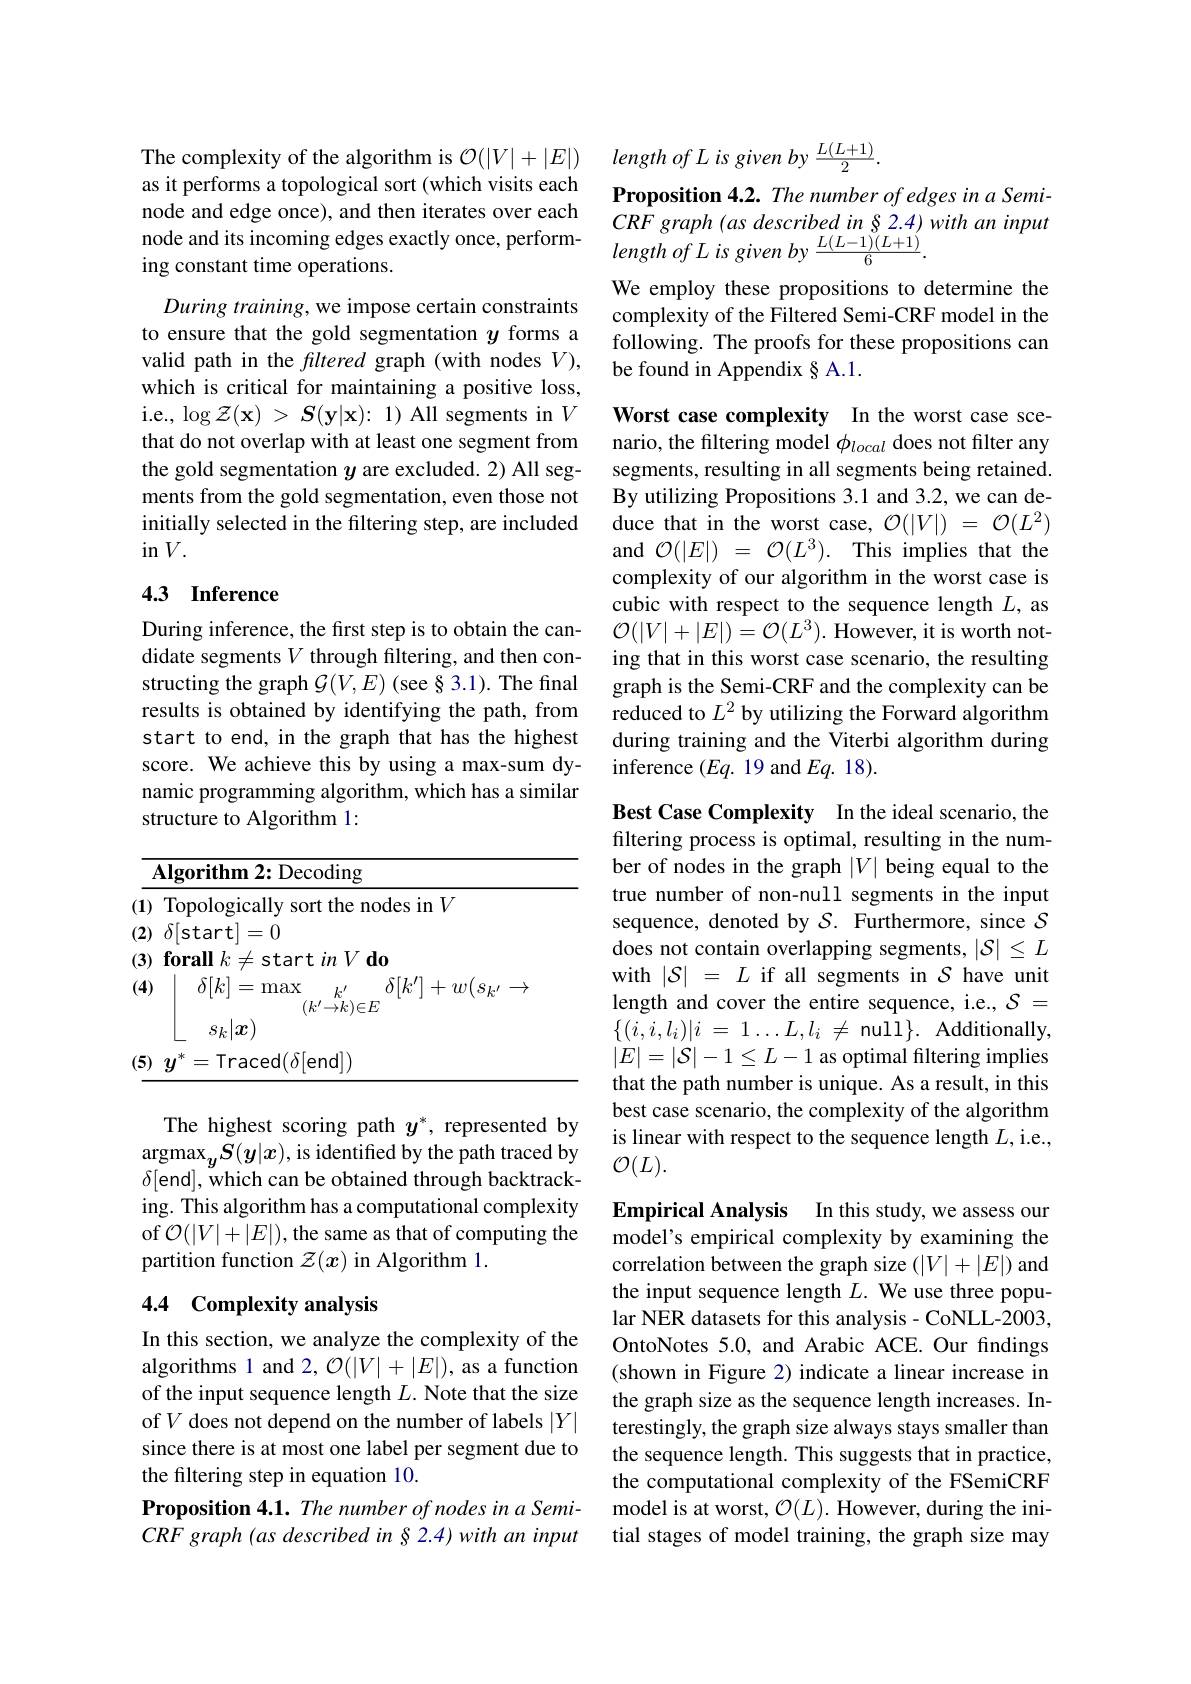
The complexity of the algorithm is $\mathcal{O} ( | V| + | E| )$ $lengthofLisgivenby\frac {L( L+ 1) }2.$
as it performs a topological sort (which visits each node and edge once), and then iterates over each ing constant time operations.
During training, we impose certain constraints to ensure that the gold segmentation $y$ forms a valid path in the filtered graph (with nodes $V)$, which is critical for maintaining a positive loss, i.e., $\log\mathcal{Z}(\mathbf{x})>S(\mathbf{y}|\mathbf{x})\colon1)$ All segments in $V$ that do not overlap with at least one segment from the gold segmentation $y$ are excluded. 2) All segments from the gold segmentation, even those not initially selected in the filtering step, are included in$V.$

## 4.3 Inference

During inference, the first step is to obtain the candidate segments $V$ through filtering, and then constructing the graph $\mathcal{G}(V,E)$ (see §3.1). The final results is obtained by identifying the path, from start to end, in the graph that has the highest score. We achieve this by using a max-sum dynamic programming algorithm, which has a similar structure to Algorithm 1:

<table>
	<tbody>
		<tr>
			<th> </th>
			<th>${\mathrm{rithm~2:~Decoding}}$</th>
		</tr>
		<tr>
			<td>(1)</td>
			<td>ologically sort the nodes in $V$</td>
		</tr>
		<tr>
			<td>(2</td>
			<td>=0 $art]$ 1</td>
		</tr>
		<tr>
			<td>(.</td>
			<td>$\delta[k]$ =max $k^{\prime}$ $\delta[k^{\prime}]+w(s_{k^{\prime}}\rightarrow$ $(k^{\prime}{\rightarrow}k){\in}E$ $s_k|\boldsymbol{x})$</td>
		</tr>
		<tr>
			<td>$E$ 1 1</td>
			<td>Traced$(\delta|$end|)</td>
		</tr>
	</tbody>
</table>

The highest scoring path $y^*$, represented by $\underset{c\in\mathbb{R}}{\operatorname*{\operatorname*{\operatorname*{argmax}}}}S(y|x)$,is identified by the path traced by $\delta[$end], which can be obtained through backtracking. This algorithm has a computational complexity of $\mathcal{O}(|V|+|E|)$,the same as that of computing the partition function $\mathcal{Z}(x)$ in Algorithm 1.

## 4.4 Complexity analysis

In this section, we analyze the complexity of the algorithms 1 and 2, $\mathcal{O}(|V|+|E|)$, as a function of the input sequence length $L.$ Note that the size of $V$ does not depend on the number of labels $|Y|$ since there is at most one label per segment due to the filtering step in equation 10.
Proposition 4.1. The number of nodes in a Semi- $CRFgraph( as\textit{described in§ 2. 4) with an input}$

Proposition 4.2. The number of edges in a Semi- $CRFgraph( as\textit{described in§ 2. 4) with an input}$
node and its incoming edges exactly once, perform- CM graph ( as aescinbea th y 2. 7) ing constant time operations.

We employ these propositions to determine the complexity of the Filtered Semi-CRF model in the following. The proofs for these propositions can be found in Appendix § A.1.

Worst case complexity In the worst case scenario, the filtering model $\phi_{local}$ does not filter any segments, resulting in all segments being retained. By utilizing Propositions 3.1 and 3.2, we can deduce that in the worst case, $\mathcal{O} ( | V| )$ = $\mathcal{O} ( L^2)$ and $\mathcal{O} ( | E| )$ = $\mathcal{O} ( L^{3}) .$ This implies that the complexity of our algorithm in the worst case is cubic with respect to the sequence length $L$, as $\mathcal{O}(|V|+|E|)=\mathcal{O}(L^3).$ However, it is worth noting that in this worst case scenario, the resulting graph is the Semi-CRF and the complexity can be reduced to $L^2$ by utilizing the Forward algorithm during training and the Viterbi algorithm during inference $(Eq.19$ and $Eq.18).$

Best Case Complexity In the ideal scenario, the filtering process is optimal, resulting in the number of nodes in the graph $|V|$ being equal to the true number of non-null segments in the input sequence, denoted by $\mathcal{S}.$ Furthermore, since $\mathcal{S}$ does not contain overlapping segments, $|\mathcal{S}|\leq L$ with $|\mathcal{S}|=L$ if all segments in $\mathcal{S}$ have unit length and cover the entire sequence, i.e., $\mathcal{S}=$ $\{ ( i, i, l_{i}) | i$ = 1 $\ldots$ $L, l_{i}$ $\neq$ null$\}.$Additionally, $|E|=|\mathcal{S}|-1\leq L-1$ as optimal filtering implies that the path number is unique. As a result, in this best case scenario, the complexity of the algorithm is linear with respect to the sequence length $L$,i.e., $\mathcal{O}(L).$

Empirical Analysis In this study, we assess our model's empirical complexity by examining the correlation between the graph size $(|V|+|E|)$ and the input sequence length $L.$ We use three popular NER datasets for this analysis- CoNLL-2003, OntoNotes 5.0, and Arabic ACE. Our findings (shown in Figure 2) indicate a linear increase in the graph size as the sequence length increases. Interestingly, the graph size always stays smaller than the sequence length. This suggests that in practice, the computational complexity of the FSemiCRF model is at worst, $\mathcal{O}(L).$ However, during the initial stages of model training, the graph size may